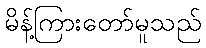
မိန့်ကြားတော်မူသည်